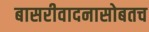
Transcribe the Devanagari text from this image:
बासरीवादनासोबतच